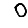
Digit: 0